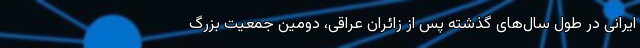
ایرانی در طول سال‌های گذشته پس از زائران عراقی، دومین جمعیت بزرگ